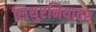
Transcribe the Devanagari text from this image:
लिथुएनियावर